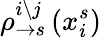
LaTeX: \rho_{\rightarrow s}^{i\setminus j}\left(x_{i}^{s}\right)